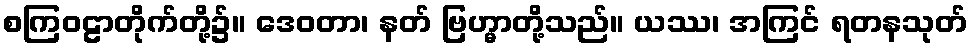
စကြဝဠာတိုက်တို့၌။ ဒေဝတာ၊ နတ် ဗြဟ္မာတို့သည်။ ယဿ၊ အကြင် ရတနသုတ်